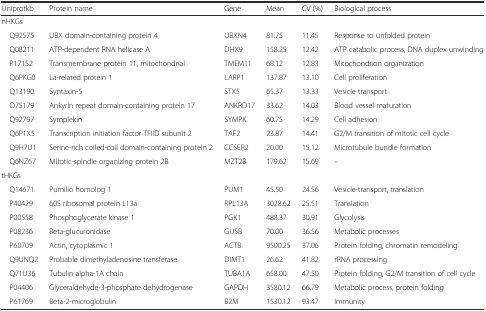
<table><thead><tr><td><b>Uniprotkb</b></td><td><b>Protein name</b></td><td><b>Gene</b></td><td><b>Mean</b></td><td><b>CV (%)</b></td><td><b>Biological process</b></td></tr></thead><tbody><tr><td colspan="6">nHKGs</td></tr><tr><td> Q92575</td><td>UBX domain-containing protein 4</td><td>UBXN4</td><td>81.75</td><td>11.45</td><td>Response to unfolded protein</td></tr><tr><td> Q08211</td><td>ATP-dependent RNA helicase A</td><td>DHX9</td><td>158.25</td><td>12.42</td><td>ATP catabolic process, DNA duplex unwinding</td></tr><tr><td> P17152</td><td>Transmembrane protein 11, mitochondrial</td><td>TMEM11</td><td>68.12</td><td>12.83</td><td>Mitochondrion organization</td></tr><tr><td> Q6PKG0</td><td>La-related protein 1</td><td>LARP1</td><td>137.87</td><td>13.10</td><td>Cell proliferation</td></tr><tr><td> Q13190</td><td>Syntaxin-5</td><td>STX5</td><td>65.37</td><td>13.33</td><td>Vesicle transport</td></tr><tr><td> O75179</td><td>Ankyrin repeat domain-containing protein 17</td><td>ANKRD17</td><td>33.62</td><td>14.03</td><td>Blood vessel maturation</td></tr><tr><td> Q92797</td><td>Symplekin</td><td>SYMPK</td><td>60.75</td><td>14.29</td><td>Cell adhesion</td></tr><tr><td> Q6P1X5</td><td>Transcription initiation factor TFIID subunit 2</td><td>TAF2</td><td>23.87</td><td>14.41</td><td>G2/M transition of mitotic cell cycle</td></tr><tr><td> Q9H7U1</td><td>Serine-rich coiled-coil domain-containing protein 2</td><td>CCSER2</td><td>20.00</td><td>15.12</td><td>Microtubule bundle formation</td></tr><tr><td> Q6NZ67</td><td>Mitotic-spindle organizing protein 2B</td><td>MZT2B</td><td>179.62</td><td>15.69</td><td>–</td></tr><tr><td colspan="6">tHKGs</td></tr><tr><td> Q14671</td><td>Pumilio homolog 1</td><td>PUM1</td><td>45.50</td><td>24.56</td><td>Vesicle-transport, translation</td></tr><tr><td> P40429</td><td>60S ribosomal protein L13a</td><td>RPL13A</td><td>3028.62</td><td>25.51</td><td>Translation</td></tr><tr><td> P00558</td><td>Phosphoglycerate kinase 1</td><td>PGK1</td><td>488.37</td><td>30.91</td><td>Glycolysis</td></tr><tr><td> P08236</td><td>Beta-glucuronidase</td><td>GUSB</td><td>70.00</td><td>36.56</td><td>Metabolic processes</td></tr><tr><td> P60709</td><td>Actin, cytoplasmic 1</td><td>ACTB</td><td>9500.25</td><td>37.06</td><td>Protein folding, chromatin remodeling</td></tr><tr><td> Q9UNQ2</td><td>Probable dimethyladenosine transferase</td><td>DIMT1</td><td>26.62</td><td>41.82</td><td>rRNA processing</td></tr><tr><td> Q71U36</td><td>Tubulin alpha-1A chain</td><td>TUBA1A</td><td>658.00</td><td>47.50</td><td>Protein folding, G2/M transition of cell cycle</td></tr><tr><td> P04406</td><td>Glyceraldehyde-3-phosphate dehydrogenase</td><td>GAPDH</td><td>3580.12</td><td>66.79</td><td>Metabolic process, protein folding</td></tr><tr><td> P61769</td><td>Beta-2-microglobulin</td><td>B2M</td><td>1530.12</td><td>93.47</td><td>Immunity</td></tr></tbody></table>